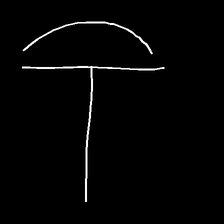
Glyph: dispersion